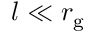
l \ll r _ { \mathrm { g } }